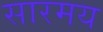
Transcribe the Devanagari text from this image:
सारमय